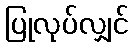
ပြုလုပ်လျှင်